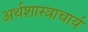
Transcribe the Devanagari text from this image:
अर्थशास्त्राचार्य